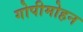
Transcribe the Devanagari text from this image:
गोपीमोहन